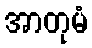
အာတုမံ